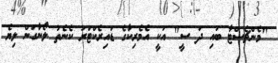
"މެންޗެސްޓާ ބައި ދަ ސީ" އަކީ އެމެރިކާގެ ޑައިރެކްޓަރު ކެނެތު ލޯނާގަން ލިޔެ